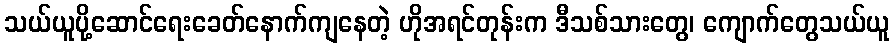
သယ်ယူပို့ဆောင်ရေးခေတ်နောက်ကျနေတဲ့ ဟိုအရင်တုန်းက ဒီသစ်သားတွေ၊ ကျောက်တွေသယ်ယူ